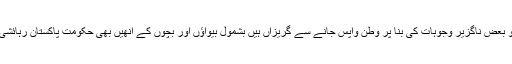
مزید برآں ایسے افغان خاندان جو بعض ناگزیر وجوہات کی بنا پر وطن واپس جانے سے گریزاں ہیں بشمول بیواؤں اور بچوں کے انھیں بھی حکومت پاکستان رہائشی اجازت نامے جاری کرے گی۔